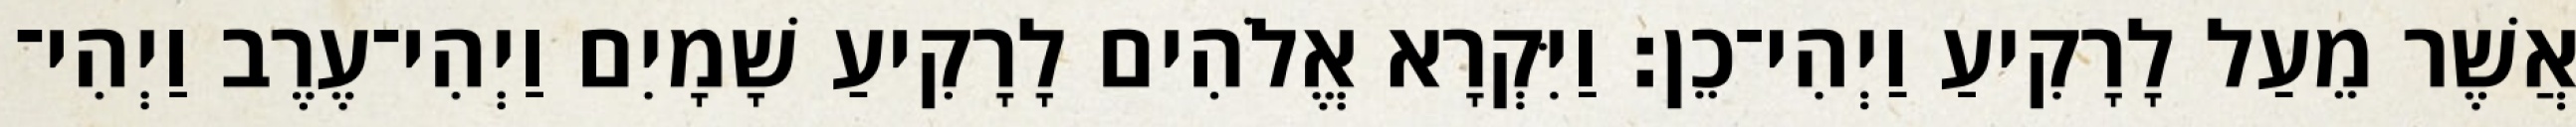
אֲשֶׁר מֵעַל לָרָקִיעַ וַיְהִי־כֵן׃ וַיִּקְרָא אֱלֹהִים לָרָקִיעַ שָׁמָיִם וַיְהִי־עֶרֶב וַיְהִי־